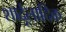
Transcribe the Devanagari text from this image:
शार्दूलादिक